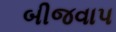
બીજવાપ